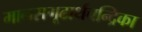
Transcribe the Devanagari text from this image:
मानसगूढार्थचन्द्रिका